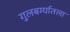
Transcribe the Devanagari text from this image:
गुलबर्ग्यातला